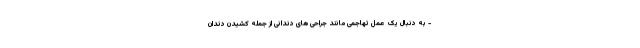
- به دنبال یک عمل تهاجمی مانند جراحی های دندانی از جمله کشیدن دندان